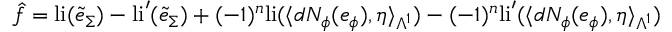
\hat { f } = \mathrm { l i } ( \tilde { e } _ { \Sigma } ) - \mathrm { l i } ^ { \prime } ( \tilde { e } _ { \Sigma } ) + ( - 1 ) ^ { n } \mathrm { l i } ( \langle d N _ { \phi } ( e _ { \phi } ) , \eta \rangle _ { \Lambda ^ { 1 } } ) - ( - 1 ) ^ { n } \mathrm { l i } ^ { \prime } ( \langle d N _ { \phi } ( e _ { \phi } ) , \eta \rangle _ { \Lambda ^ { 1 } } )